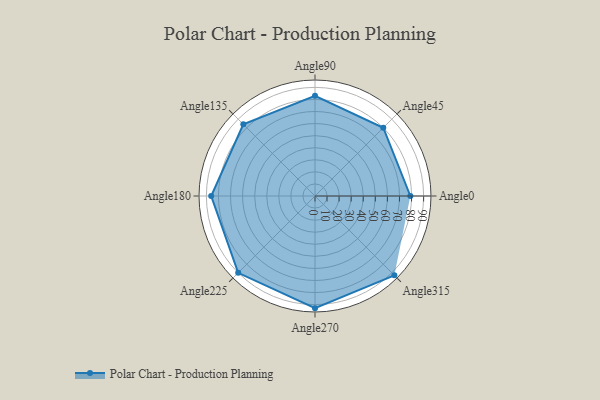
{"axis": {"x": "Angle", "y": "Radius"}, "legend": [""], "data": [{"x": "Angle0", "y": 79.0, "type": ""}, {"x": "Angle45", "y": 80.0, "type": ""}, {"x": "Angle90", "y": 83.0, "type": ""}, {"x": "Angle135", "y": 84.0, "type": ""}, {"x": "Angle180", "y": 86.0, "type": ""}, {"x": "Angle225", "y": 90.0, "type": ""}, {"x": "Angle270", "y": 93.0, "type": ""}, {"x": "Angle315", "y": 93.0, "type": ""}]}